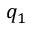
q _ { 1 }